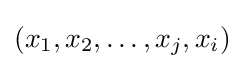
(x_{1},x_{2},\ldots ,x_{j},x_{i})